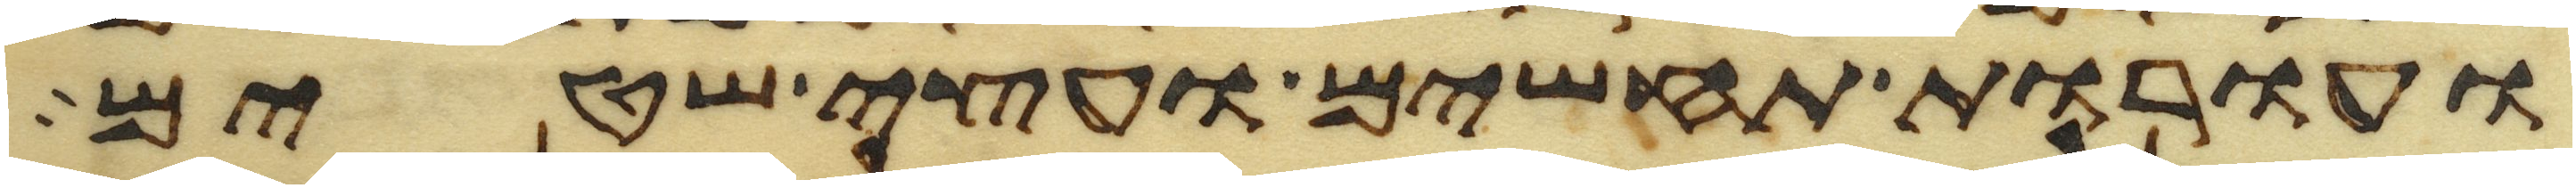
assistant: ועורות תחשים ועצי שטים